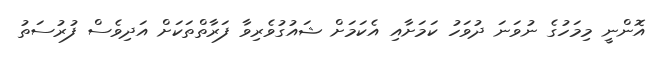
އޮންނީ މިމަހުގެ ނުވަނަ ދުވަހު ކަމަށާއި އެކަމަށް ޝައުގުވެރިވާ ފަރާތްތަކަށް އަދިވެސް ފުރުސަތު